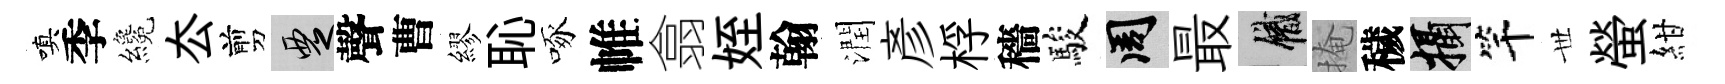
嗔季纔厺剪覂聲曹繆恥啄帷翕姪翰潤彥桴穡駿周最識掩穢攝竿𠀍螢紺